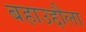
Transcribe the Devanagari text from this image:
बहाउद्दौला